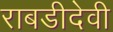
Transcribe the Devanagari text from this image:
राबडीदेवी